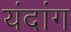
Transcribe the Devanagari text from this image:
यंदांग